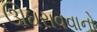
ઊઘરાવવાનો